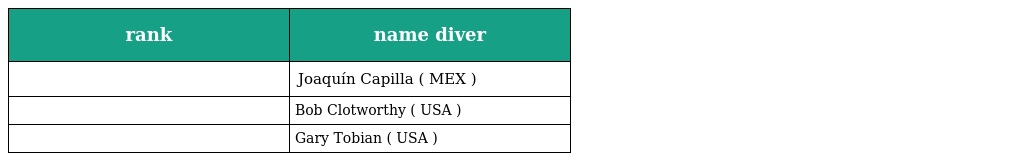
| rank | name diver |
 | --- | --- |
 |  | Joaquín Capilla ( MEX ) |
 |  | Bob Clotworthy ( USA ) |
 |  | Gary Tobian ( USA ) |